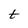
Character: t